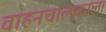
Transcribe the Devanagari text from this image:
वाहनचालकाला